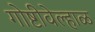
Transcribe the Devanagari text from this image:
गोष्टीवेल्हाळ